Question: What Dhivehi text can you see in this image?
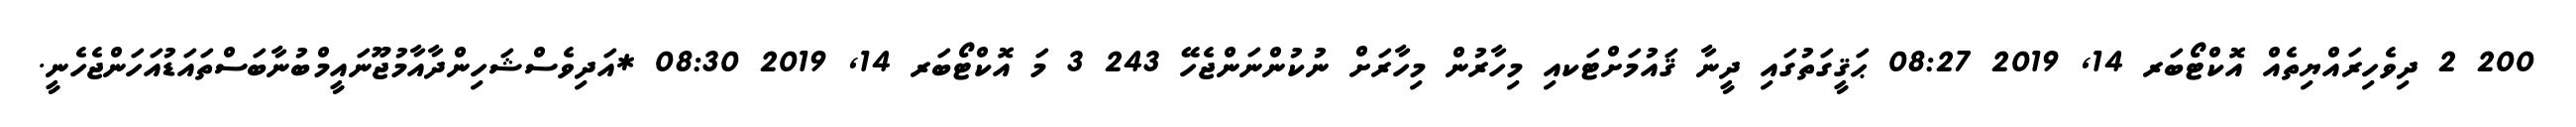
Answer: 200 2 ދިވެހިރައްޔިތެއް އޮކްޓޯބަރ 14, 2019 08:27 ޙަޤީގަތުގައި ދީނާ ޤައުމަށްޓަކއި މިހާރުން މިހާރަށް ނުކުންނަންޖެހޭ 243 3 މަ އޮކްޓޯބަރ 14, 2019 08:30 *އަދިވެސްޝަހިންދާއާމުޖޫނައީމްބުނާބަސްތައަޑުއަހަންޖެހެނީ.